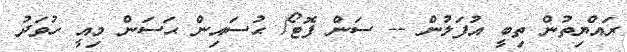
ރައްޔިތުން ތިބީ އުފަލުން -- ސަން ފޮޓޯ/ ޙުސައިން ޙަސަން މިއީ ހުވަދު